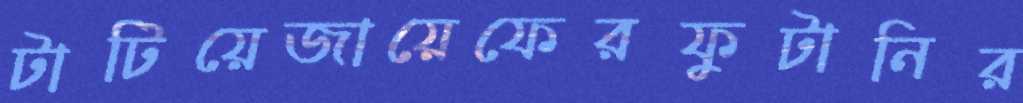
টাটিয়েজায়েফেরফুটানির